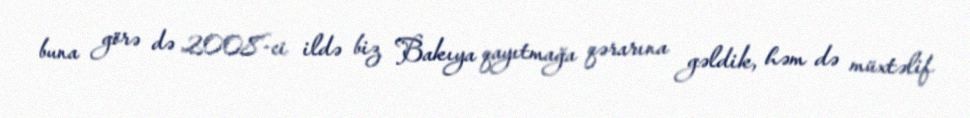
buna görə də 2008-ci ildə biz Bakıya qayıtmağa qərarına gəldik, həm də müxtəlif